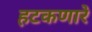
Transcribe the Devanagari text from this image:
हटकणारे